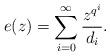
LaTeX: \begin{align*} e(z) = \sum_{i=0}^{\infty} \frac{z^{q^i}}{d_i}. \end{align*}